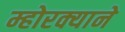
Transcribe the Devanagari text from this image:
म्होरक्याने